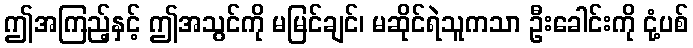
ဤအကြည့်နှင့် ဤအသွင်ကို မမြင်ချင်၊ မဆိုင်ရဲသူကသာ ဦးခေါင်းကို ငုံ့ပစ်